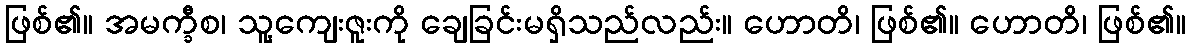
ဖြစ်၏။ အမက္ခီစ၊ သူ့ကျေးဇူးကို ချေခြင်းမရှိသည်လည်း။ ဟောတိ၊ ဖြစ်၏။ ဟောတိ၊ ဖြစ်၏။